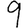
Digit: 9